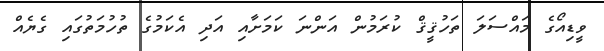
ވީޑިއޯގެ މައްސަލަ ތަހުޤީޤް ކުރަމުން އަންނަ ކަމަށާއި އަދި އެކަމުގެ ތުހުމަތުގައި ގެޔެއް